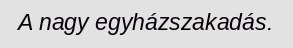
A nagy egyházszakadás.